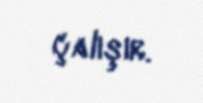
çalışır.